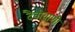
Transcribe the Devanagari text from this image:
दैवीवाणी